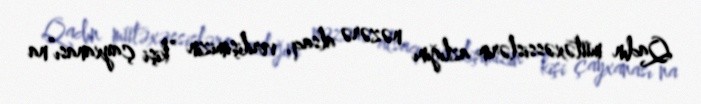
Qadın mütəxəssislərin azlığını nəzərə alsaq, verilişimizin “kişi çayxanası”na